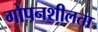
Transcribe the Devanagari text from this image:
गोपनशीलता